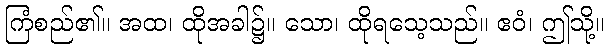
ကြံစည်၏။ အထ၊ ထိုအခါ၌။ သော၊ ထိုရသေ့သည်။ ဧဝံ၊ ဤသို့။